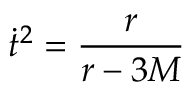
{ \dot { t } } ^ { 2 } = { \frac { r } { r - 3 M } }